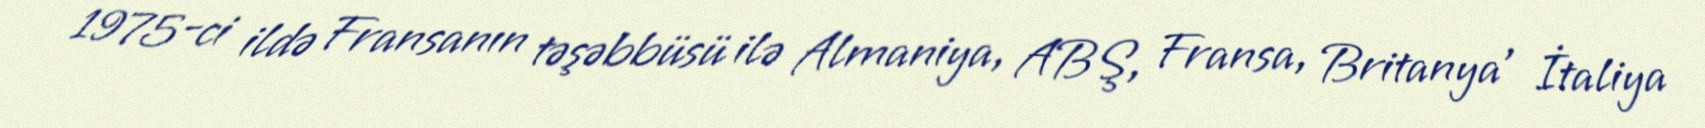
1975-ci ildə Fransanın təşəbbüsü ilə Almaniya, ABŞ, Fransa, Britanya , İtaliya